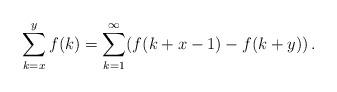
LaTeX: \begin{align*}\sum_{k=x}^{y}f(k)=\sum_{k=1}^{\infty}(f(k+x-1)-f(k+y))\,.\end{align*}